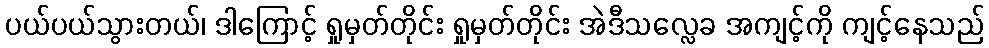
ပယ်ပယ်သွားတယ်၊ ဒါကြောင့် ရှုမှတ်တိုင်း ရှုမှတ်တိုင်း အဲဒီသလ္လေခ အကျင့်ကို ကျင့်နေသည်